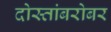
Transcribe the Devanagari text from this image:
दोस्तांबरोबर